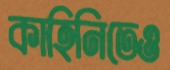
কাহিনিতেও